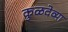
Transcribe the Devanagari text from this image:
कुळदेव्या